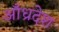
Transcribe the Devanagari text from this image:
आँध्रदेश